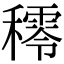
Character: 𥢴